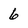
Character: 6